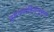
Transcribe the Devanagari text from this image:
बृहदसंहितेनुसार